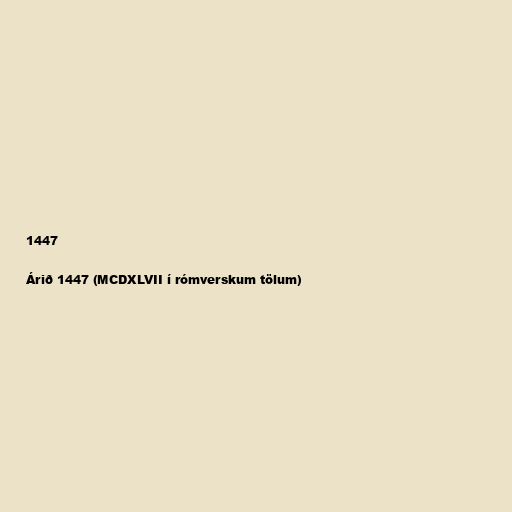
1447

Árið 1447 (MCDXLVII í rómverskum tölum)